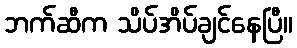
ဘက်ဆီက သိပ်အိပ်ချင်နေပြီ။